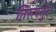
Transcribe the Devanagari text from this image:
तिरुपत्तुर